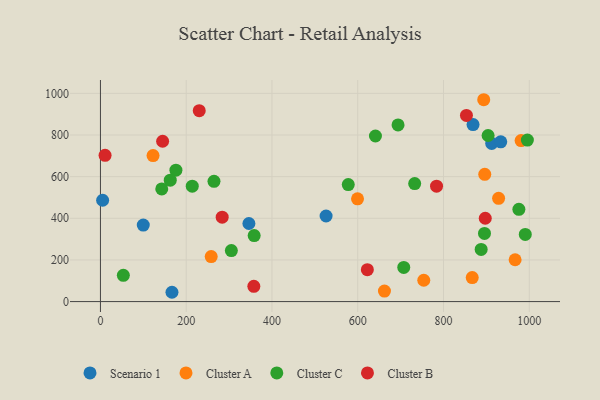
{"axis": {"x": "Ad Spend", "y": "Yield"}, "legend": ["Cluster A", "Cluster B", "Cluster C", "Scenario 1"], "data": [{"x": "526.2", "y": 410.9, "type": "Scenario 1"}, {"x": "868.9", "y": 850.0, "type": "Scenario 1"}, {"x": "912.4", "y": 759.5, "type": "Scenario 1"}, {"x": "933.5", "y": 767.2, "type": "Scenario 1"}, {"x": "99.9", "y": 367.2, "type": "Scenario 1"}, {"x": "346.2", "y": 375.0, "type": "Scenario 1"}, {"x": "5.1", "y": 486.7, "type": "Scenario 1"}, {"x": "166.8", "y": 44.7, "type": "Scenario 1"}, {"x": "258.3", "y": 216.3, "type": "Cluster A"}, {"x": "981.0", "y": 773.0, "type": "Cluster A"}, {"x": "754.0", "y": 102.5, "type": "Cluster A"}, {"x": "599.5", "y": 493.5, "type": "Cluster A"}, {"x": "967.0", "y": 200.8, "type": "Cluster A"}, {"x": "893.8", "y": 969.4, "type": "Cluster A"}, {"x": "662.3", "y": 50.7, "type": "Cluster A"}, {"x": "122.7", "y": 701.4, "type": "Cluster A"}, {"x": "928.5", "y": 495.8, "type": "Cluster A"}, {"x": "867.0", "y": 115.1, "type": "Cluster A"}, {"x": "896.2", "y": 611.1, "type": "Cluster A"}, {"x": "176.0", "y": 631.1, "type": "Cluster C"}, {"x": "887.8", "y": 250.6, "type": "Cluster C"}, {"x": "162.8", "y": 582.9, "type": "Cluster C"}, {"x": "732.8", "y": 566.8, "type": "Cluster C"}, {"x": "990.7", "y": 322.3, "type": "Cluster C"}, {"x": "577.9", "y": 562.0, "type": "Cluster C"}, {"x": "641.3", "y": 795.1, "type": "Cluster C"}, {"x": "694.0", "y": 848.3, "type": "Cluster C"}, {"x": "358.5", "y": 316.8, "type": "Cluster C"}, {"x": "895.6", "y": 327.3, "type": "Cluster C"}, {"x": "214.1", "y": 554.3, "type": "Cluster C"}, {"x": "975.8", "y": 443.2, "type": "Cluster C"}, {"x": "143.0", "y": 540.9, "type": "Cluster C"}, {"x": "53.4", "y": 126.1, "type": "Cluster C"}, {"x": "305.3", "y": 245.1, "type": "Cluster C"}, {"x": "264.8", "y": 577.6, "type": "Cluster C"}, {"x": "707.3", "y": 164.2, "type": "Cluster C"}, {"x": "995.6", "y": 775.7, "type": "Cluster C"}, {"x": "904.0", "y": 797.6, "type": "Cluster C"}, {"x": "783.8", "y": 554.0, "type": "Cluster B"}, {"x": "145.0", "y": 770.0, "type": "Cluster B"}, {"x": "230.4", "y": 916.8, "type": "Cluster B"}, {"x": "283.9", "y": 405.2, "type": "Cluster B"}, {"x": "357.7", "y": 73.1, "type": "Cluster B"}, {"x": "622.4", "y": 153.1, "type": "Cluster B"}, {"x": "10.8", "y": 702.4, "type": "Cluster B"}, {"x": "897.4", "y": 400.1, "type": "Cluster B"}, {"x": "853.5", "y": 893.8, "type": "Cluster B"}]}